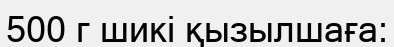
500 г шикі қызылшаға: